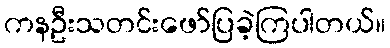
ကနဦးသတင်းဖော်ပြခဲ့ကြပါတယ်။